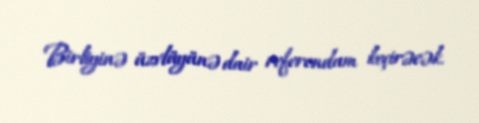
Birliyinə üzvlüyünə dair referendum keçirəcək.